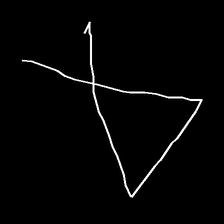
Glyph: collection